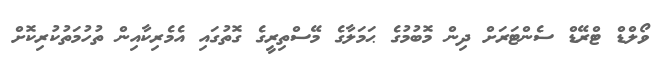
ވޯލްޑް ޓްރޭޑް ސެންޓަރަށް ދިން މޮބުމުގެ ޙަމަލާގެ މޭސްތިރީގެ ގޮތުގައި އެމެރިކާއިން ތުހުމަތުކުރިކޮށް